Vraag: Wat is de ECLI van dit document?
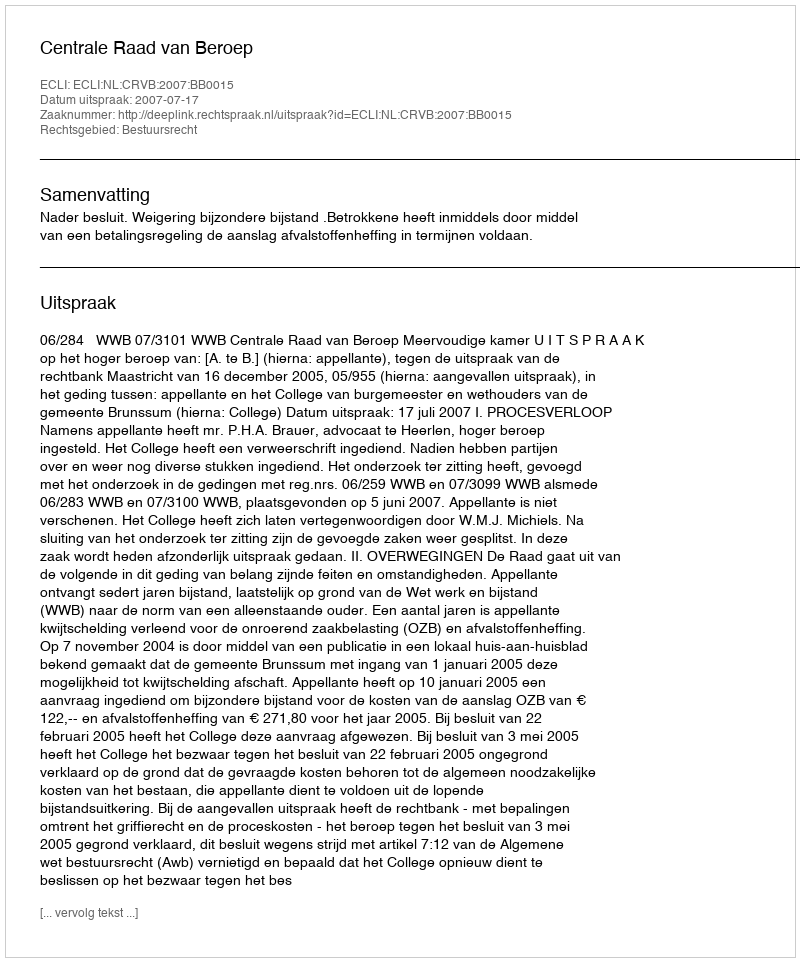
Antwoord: ECLI:NL:CRVB:2007:BB0015